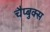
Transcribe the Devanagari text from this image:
चैप्बुक्स